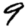
Digit: 9